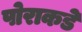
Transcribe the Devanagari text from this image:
पोराकडे